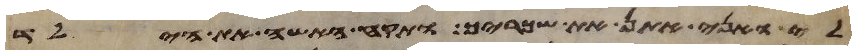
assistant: לי ואני אתן את שכריך ותקח האשה את הילד